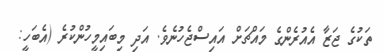
ތަކުގެ ޖަޒާ އެއުރެންގެ މައްޗަށް އައިސްޖެހުނެވެ. އަދި މިބައިމީހުންކުރެ (އެބަހީ: